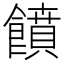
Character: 饙